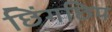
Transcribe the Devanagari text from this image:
छिंगछिप